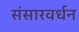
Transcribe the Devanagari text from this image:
संसारवर्धन